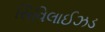
સિવિલાઈઝડ